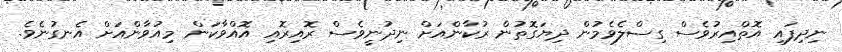
ނިދިފައި އޮތްއިރުވެސް ގިސްލެވެމުން ދިޔަގޮތުން ރުކާންއަށް ނިދުނީވެސް ރޮއިރޮއި އޮއްވާކަން މިއުވާންއަށް އެނގުނެވެ.